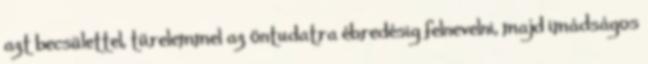
azt becsülettel, türelemmel az öntudatra ébredésig felnevelni, majd imádságos